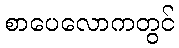
စာပေလောကတွင်